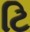
ટિ